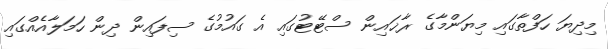
މިދިޔަ ހަފްތާގައި މިޔަންމާގެ ރާޚައިން ސްޓޭޓުގައި އެ ގައުމުގެ ސިފައިން ދިން ހަމަލާއެއްގައި